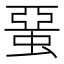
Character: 蝁